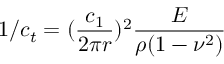
1 / c _ { t } = ( \frac { c _ { 1 } } { 2 \pi r } ) ^ { 2 } \frac { E } { \rho ( 1 - \nu ^ { 2 } ) }